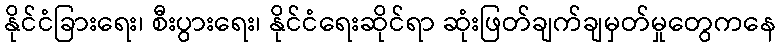
နိုင်ငံခြားရေး၊ စီးပွားရေး၊ နိုင်ငံရေးဆိုင်ရာ ဆုံးဖြတ်ချက်ချမှတ်မှုတွေကနေ